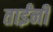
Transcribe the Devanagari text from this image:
ताईंनी